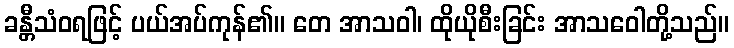
ခန္တီသံဝရဖြင့် ပယ်အပ်ကုန်၏။ တေ အာသဝါ၊ ထိုယိုစီးခြင်း အာသဝေါတို့သည်။